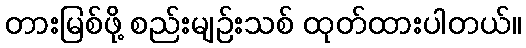
တားမြစ်ဖို့ စည်းမျဉ်းသစ် ထုတ်ထားပါတယ်။